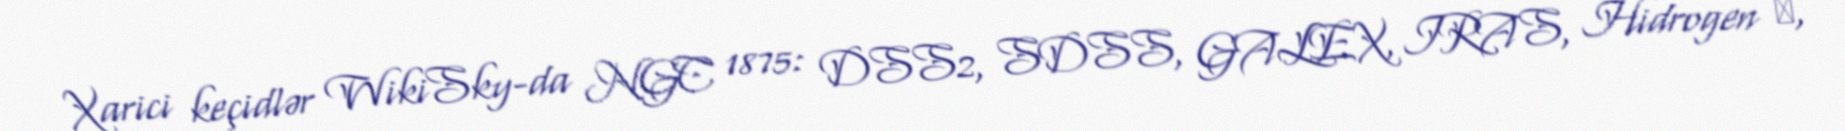
Xarici keçidlər WikiSky-da NGC 1875: DSS2, SDSS, GALEX, IRAS, Hidrogen α,